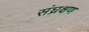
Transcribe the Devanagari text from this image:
संघ्रक्षण